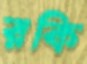
রকি